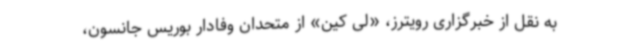
به نقل از خبرگزاری رویترز، «لی کین» از متحدان وفادار بوریس جانسون،